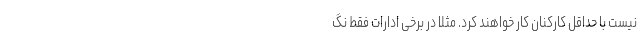
نیست با حداقل کارکنان کار خواهند کرد. مثلاً در برخی ادارات فقط نگ